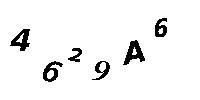
4629A6